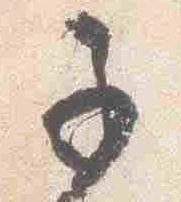
子